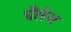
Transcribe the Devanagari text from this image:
चैंलेंज